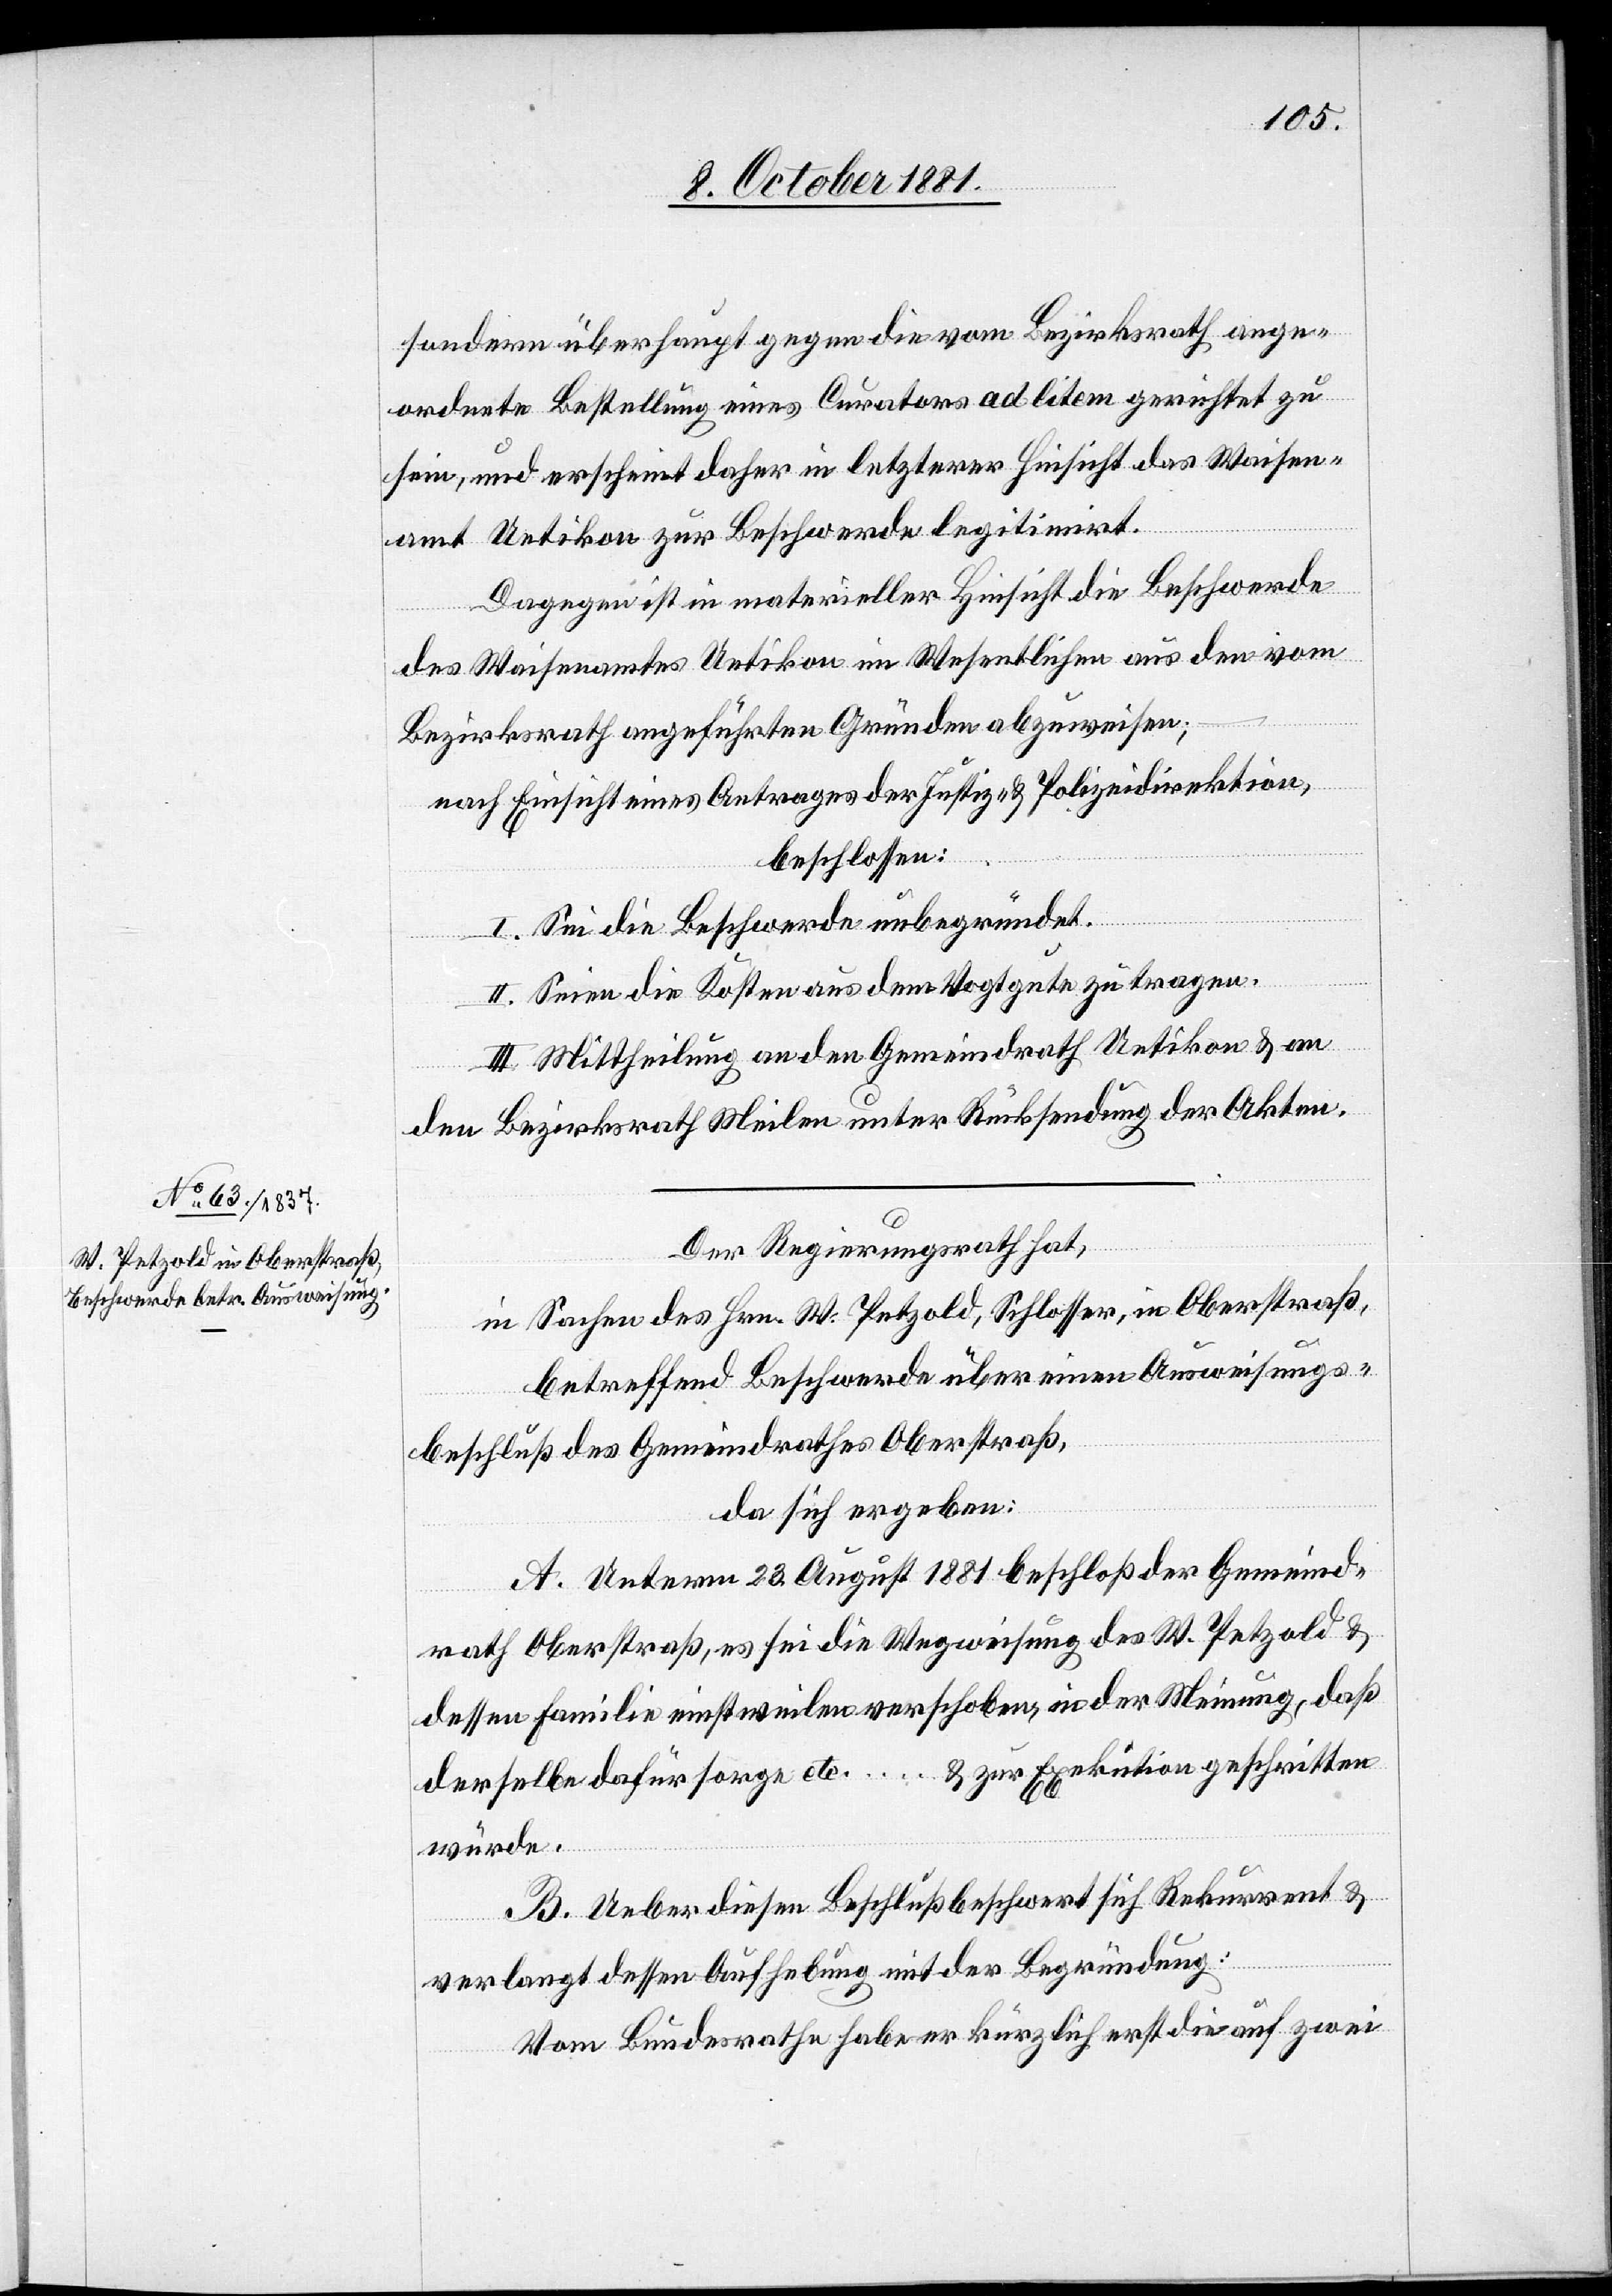
sondern überhaupt gegen die vom Bezirksrath ange¬
ordnete Bestellung eines Curators ad litem gerichtet zu
sein, und erscheint daher in letzterer Hinsicht das Waisen¬
amt Uetikon zur Beschwerde legitimirt.
Dagegen ist in materieller Hinsicht die Beschwerde
des Waisenamtes Uetikon im Wesentlichen aus den vom
Bezirksrath angeführten Gründen abzuweisen;
–
nach Einsicht eines Antrages der Justiz- & Polizeidirektion,
beschlossen:
I. Sei die Beschwerde unbegründet.
II. Seien die Kosten aus dem Vogtgute zu tragen.
III. Mittheilung an den Gemeindrath Uetikon & an
den Bezirksrath Meilen unter Rücksendung der Akten.
Der Regierungsrath hat,
in Sachen des Hrn. W. Petzold, Schlosser, in Oberstraß,
betreffend Beschwerde über einen Ausweisungs¬
beschluß des Gemeindrathes Oberstraß,
da sich ergeben:
A. Unterm 23. August 1881 beschloß der Gemeind¬
rath Oberstraß, es sei die Wegweisung des W. Petzold &
dessen Familie einstweilen verschoben, in der Meinung, daß
& zur Exekution geschritten
derselbe dafür sorge etc.
würde.
B. Ueber diesen Beschluß beschwert sich Rekurrent &
verlangt dessen Aufhebung mit der Begründung:
Vom Bundesrathe habe er kürzlich erst die auf zwei